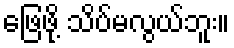
ဖြေဖို့ သိပ်မလွယ်ဘူး။